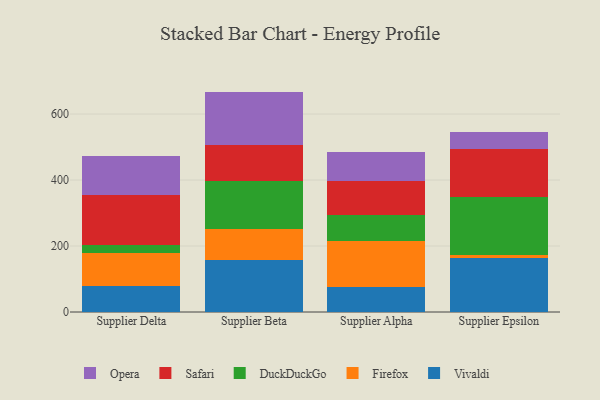
{"axis": {"x": "Supplier", "y": "Churn Rate (%)"}, "legend": ["DuckDuckGo", "Firefox", "Opera", "Safari", "Vivaldi"], "data": [{"x": "Supplier Delta", "y": 79.5, "type": "Vivaldi"}, {"x": "Supplier Delta", "y": 100.3, "type": "Firefox"}, {"x": "Supplier Delta", "y": 23.3, "type": "DuckDuckGo"}, {"x": "Supplier Delta", "y": 152.4, "type": "Safari"}, {"x": "Supplier Delta", "y": 118.7, "type": "Opera"}, {"x": "Supplier Beta", "y": 156.3, "type": "Vivaldi"}, {"x": "Supplier Beta", "y": 94.9, "type": "Firefox"}, {"x": "Supplier Beta", "y": 146.3, "type": "DuckDuckGo"}, {"x": "Supplier Beta", "y": 109.9, "type": "Safari"}, {"x": "Supplier Beta", "y": 160.6, "type": "Opera"}, {"x": "Supplier Alpha", "y": 75.4, "type": "Vivaldi"}, {"x": "Supplier Alpha", "y": 140.7, "type": "Firefox"}, {"x": "Supplier Alpha", "y": 78.7, "type": "DuckDuckGo"}, {"x": "Supplier Alpha", "y": 102.0, "type": "Safari"}, {"x": "Supplier Alpha", "y": 89.0, "type": "Opera"}, {"x": "Supplier Epsilon", "y": 164.5, "type": "Vivaldi"}, {"x": "Supplier Epsilon", "y": 7.5, "type": "Firefox"}, {"x": "Supplier Epsilon", "y": 175.1, "type": "DuckDuckGo"}, {"x": "Supplier Epsilon", "y": 148.0, "type": "Safari"}, {"x": "Supplier Epsilon", "y": 51.8, "type": "Opera"}]}